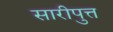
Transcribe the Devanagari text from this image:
सारीपुत्त